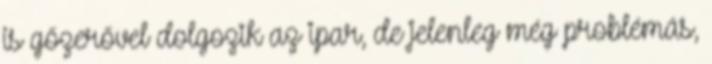
is gőzerővel dolgozik az ipar, de jelenleg még problémás,